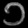
Digit: ၁